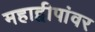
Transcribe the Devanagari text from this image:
महाद्वीपांवर